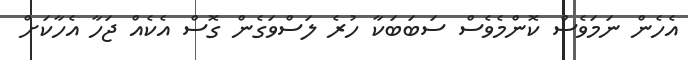
އެހެން ނަމަވެސް ކޮންމެވެސް ސަބަބަކާ ހުރެ ލަސްވަގެން ގޮސް އެކެއް ޖަހާ އެހާކަށް